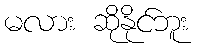
မလား ဆိုနိုင်ဘူး